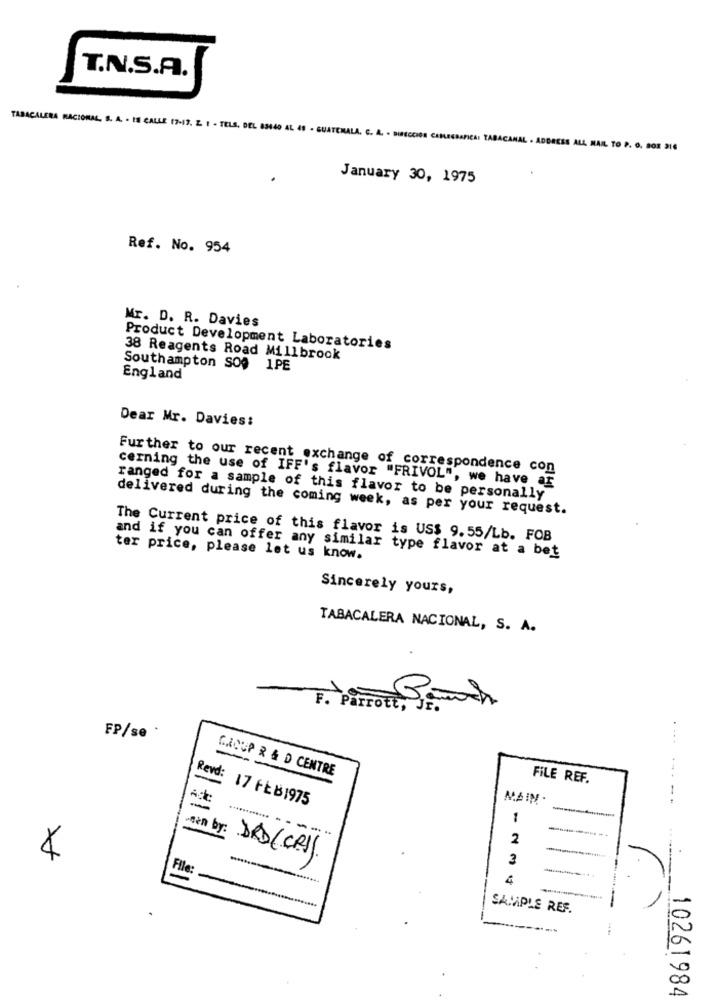
T.N.S.A.
TABACALERA RACIONAL, S. A. . IS CALLE (7-17. Z t . TELS. DEL 83640 AL 49 - GUATEMALA. C. A. - DIRECCION CARLEGRAFICA: TABAC
RESS ALL HAIL TO P. O. BOX 214
January 30, 1975
Ref. No. 954
Mr. D. R. Davies
Product Development Laboratories
38 Reagents Road Millbrook
Southampton SOO 1PE
England
Dear Mr. Davies:
Further to our recent exchange of correspondence con
cerning the use of IFF's flavor "FRIVOL", we have ar
ranged for a sample of this flavor to be personally
delivered during the coming week, as per your request.
The Current price of this flavor is US$ 9.55/Lb. FOB
and if you can offer any similar type flavor at a bet
ter price, please let us know.
Sincerely yours,
TABACALERA NACIONAL, S. A.
F. Parrott, Jr.
FP/se :
....
-
GROUP R & D CENTRE
FILE REF.
Adc
Revd: 17 FEB1975
1
-- -
-----
2
Bin by: DRD(CRI)
3
File
4
SAMPLE REF.
10261984